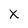
Character: X